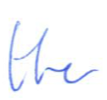
Text: the
Cross-out: clean
Writing tool: ballpoint